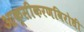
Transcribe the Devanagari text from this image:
आक्सीकरणविरोधी